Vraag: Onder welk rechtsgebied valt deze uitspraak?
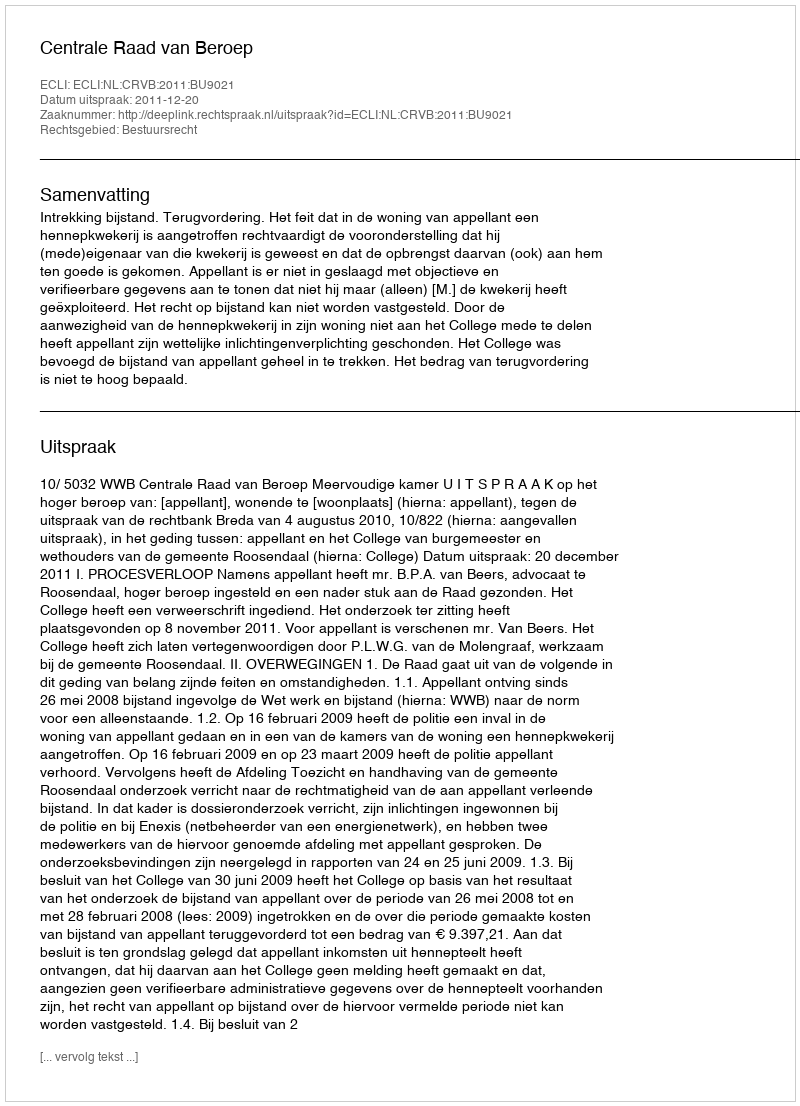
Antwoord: Bestuursrecht